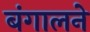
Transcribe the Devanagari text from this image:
बंगालने